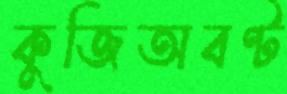
কুজিঅবণ্ট